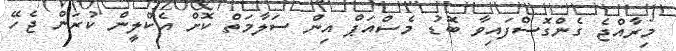
މިރާއްޖެ ގެންގޮސްފައިވާ ބޮޑު މެސްއަޕް އިން ސަލާމަތް ކޮށް އެކްލީން ކުރަން ޖެހޭ